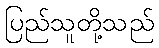
ပြည်သူတို့သည်